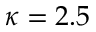
\kappa = 2 . 5